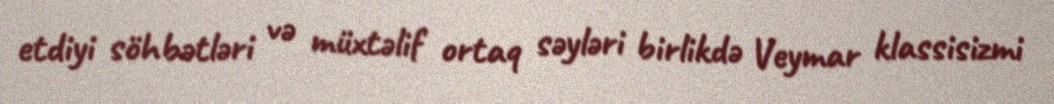
etdiyi söhbətləri və müxtəlif ortaq səyləri birlikdə Veymar klassisizmi